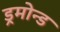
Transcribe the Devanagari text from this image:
ड्रमोन्ड